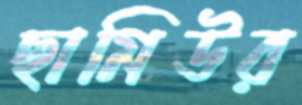
ছামিউর